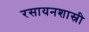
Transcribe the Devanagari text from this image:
रसायनशास्री